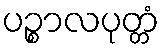
ပဉ္စာလပုတ္တံ